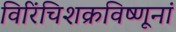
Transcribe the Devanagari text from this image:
विरिंचिशक्रविष्णूनां